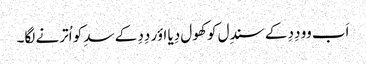
اَب وو دِدِ کے سندِل کو کھول دِیا اؤر دِدِ کے سدِ کو اُترنے لگا۔